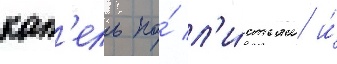
кап'ель по́ л'и́стьям и́